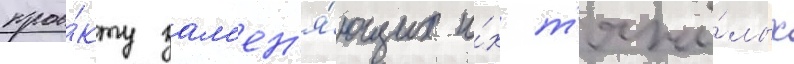
прое́кту зам'ен'я́ющих и́х т'яжё́лых